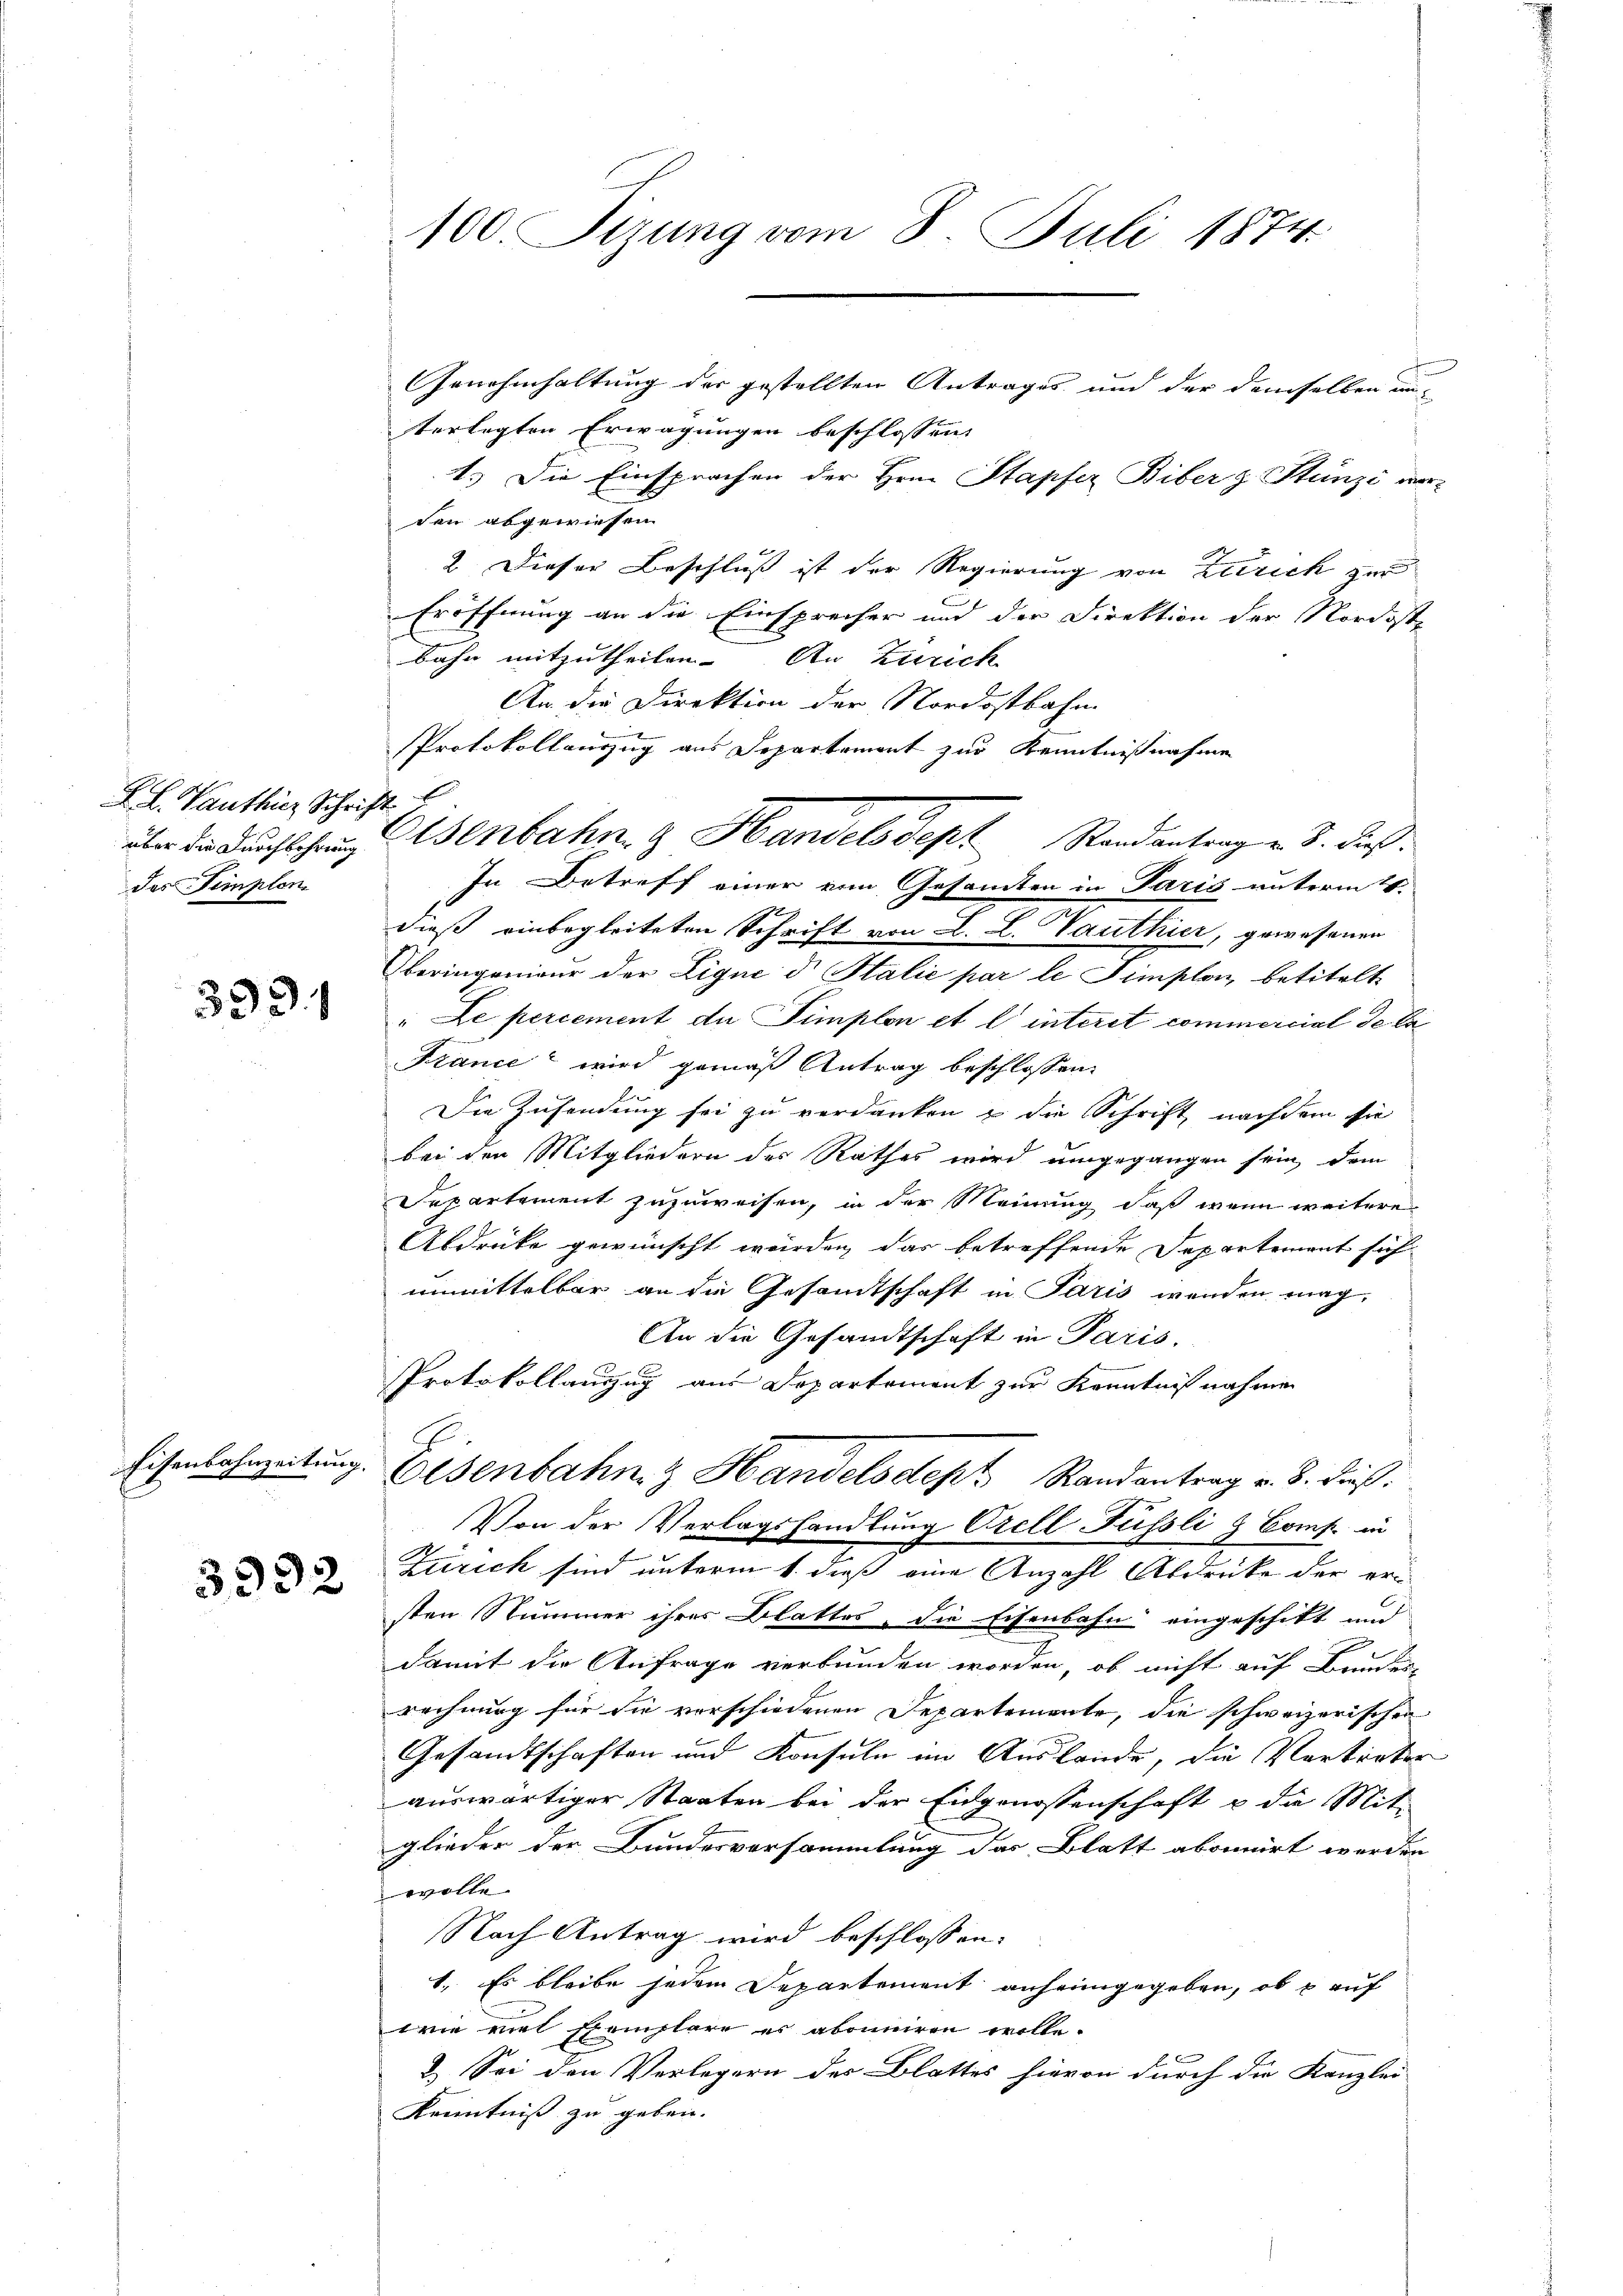
L. L. Vanthier Schrift
des Tempten

3991

Eisenbahnzeitung.

3392

100. Sizung vom 8. Juli 1874.

Genehmhaltung der gestellten Antrages und der demselben unterlegten Erwägungen beschlossen:
1.) Die Einsprachen der Hrn. Stapfer Biber z. Stünzi ver-
den abgewiesen.
2. Dieser Beschluß ist der Regierung von Zürich zur
Eröffnung an die Einsprecher und der Direktion der Nordoste
bahn mitzutheilen. An Zürich
An die Direktion der Nordostbahn
Protokollauszug aus Departement zur Kenntnißnahme
In Betreff einer vom Gesamten in Paris unterm 21.
dieß einbegleiteten Schrift von L. L. Gauthier, gewesenen
beringenieur der Lique d Italić par le Simplon betitelt.
" Le percement du Simplon et l’ interit commercial de la
France“ wird gemäß Antrag beschlossen:
Die Zusendung sei zu verdanken u die Schrift nachdem sie
bei den Mitgliedern des Rathes wird umgegangen sein, dem
Separtement zuzuweisen, in der Meinung, daß wenn weitere
Abdrücke gewünscht werden, das betreffende Departement sich
unmittelbar an die Gesandtschaft in Paris wenden mag,
An die Gesandtschaft in Paris.
Protokollauszug aus Departement zur Kenntnißnahme
Eisenbahn & Handelsdept Randantrag v. 3. dieß:
Von der Verlagshandlung Orell Füssli & Comp. in
Zürich sind unterm 1. dieß eine Anzahl Abdrücke der ersten Nummer ihrer Blattes, die Eisenbahn eingeschikt und
damit die Anfrage verbunden worden, ob nicht auf Bundes-
rechnung für die verschiedenen Departemente, die schweizerischen
Gesandtschaften und Konsuln im Auslande, die Vertreter
auswärtiger Staaten bei der Eidgenossenschaft & die Mit
glieder der Bundesversammlung des Blatt abonnirt werden
wolle.
Nach Antrag wird beschlossen:
1. Es bleibe jedem Departement anheimgegeben, ob auf
wie viel Exemplare es abonniren wolle.
2.) Sei den Verlegern des Blattes hievon durch die Kanzlei-
Kenntniß zu geben.

über da durchlichen Osenbahn & Handels Sept Randantrag v. 3. dieß.